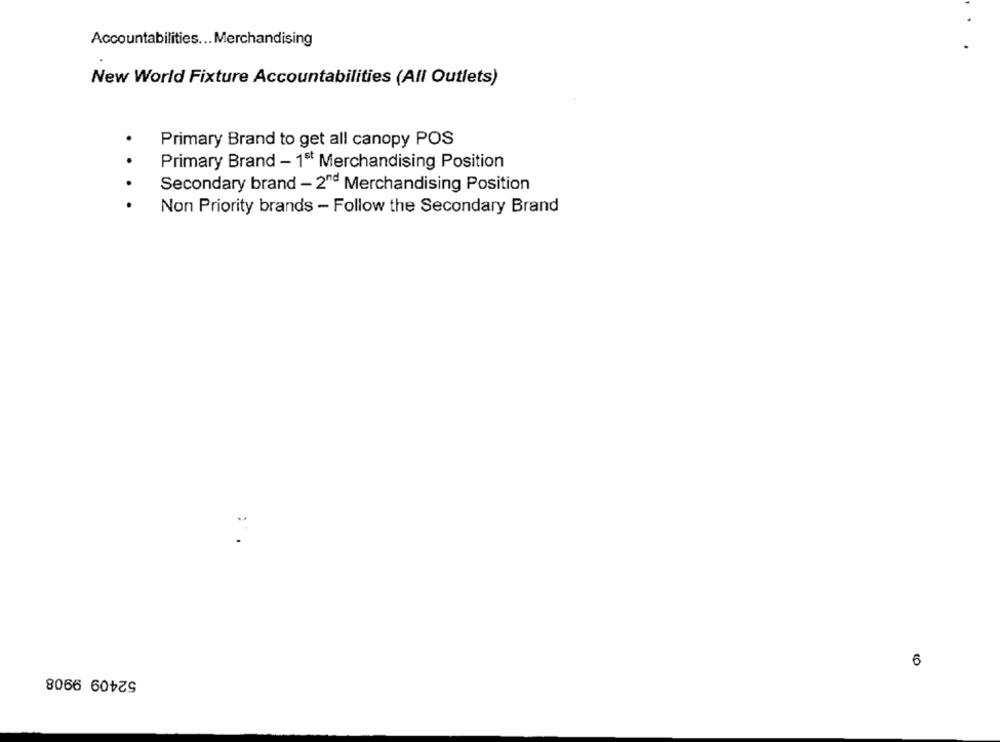
Accountabilities ... Merchandising
New World Fixture Accountabilities (All Outlets)
Primary Brand to get all canopy POS
Primary Brand - 1ºº Merchandising Position
Secondary brand - 2nd Merchandising Position
. . . .
Non Priority brands - Follow the Secondary Brand
6
52409 9908